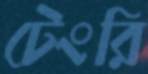
টেংরি